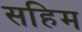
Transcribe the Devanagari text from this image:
सहिम